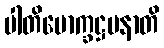
ပါတိမောက္ခဋ္ဌပနာတိ